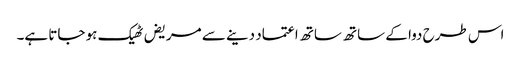
اس طرح دوا کے ساتھ ساتھ اعتماد دینے سے مریض ٹھیک ہو جاتا ہے۔